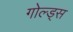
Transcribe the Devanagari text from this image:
गोल्ड्स